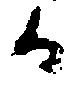
而